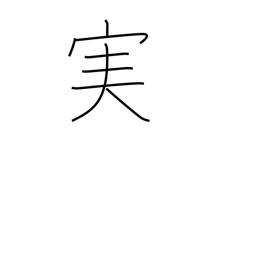
Meaning: fruit